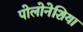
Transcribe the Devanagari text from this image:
पोलोनेशिया